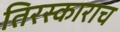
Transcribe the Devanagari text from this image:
तिरस्काराच